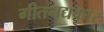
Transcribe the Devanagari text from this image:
गीतगद्यकार